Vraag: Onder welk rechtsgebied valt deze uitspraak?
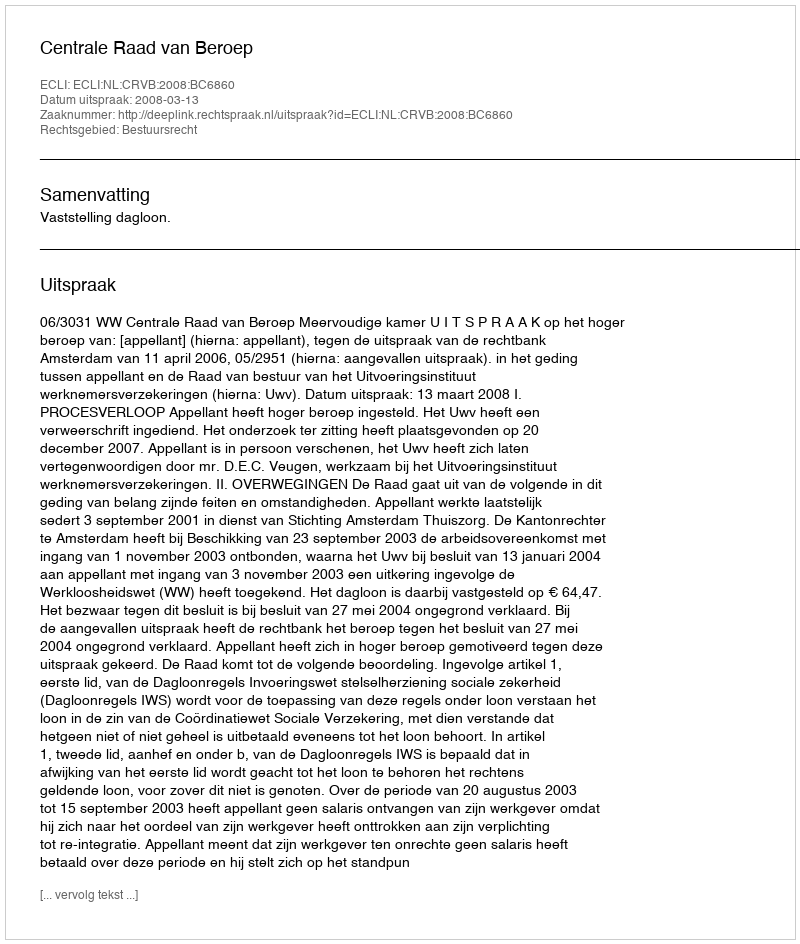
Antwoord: Bestuursrecht